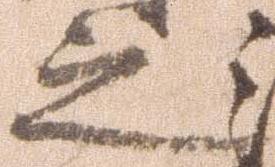
之